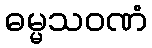
ဓမ္မသဝဏံ